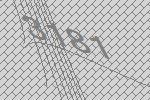
3181